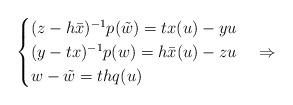
LaTeX: \begin{align*}\begin{cases}(z-h\bar{x})^{-1}p(\tilde{w}) = tx(u)-yu\\(y-tx)^{-1}p(w) = h\bar{x}(u)-zu\\w-\tilde{w} = thq(u)\end{cases}\Rightarrow\end{align*}